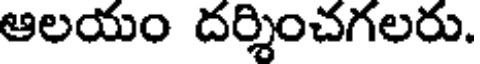
ఆలయం దర్శించగలరు.